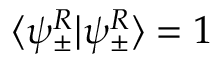
\langle \psi _ { \pm } ^ { R } | \psi _ { \pm } ^ { R } \rangle = 1